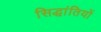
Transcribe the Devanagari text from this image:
सिद्धांतियों